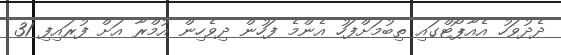
ދެދުވަހު އެއާޕޯޓްގައި ތިބުމަށްފަހު އެންމެ ފަހުން ދިވެހިން އުމްރާ އަށް ފުރައިފި 31